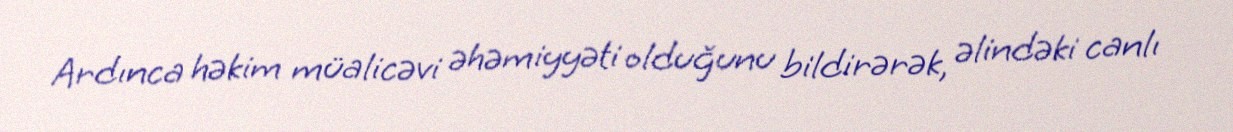
Ardınca həkim müalicəvi əhəmiyyəti olduğunu bildirərək, əlindəki canlı